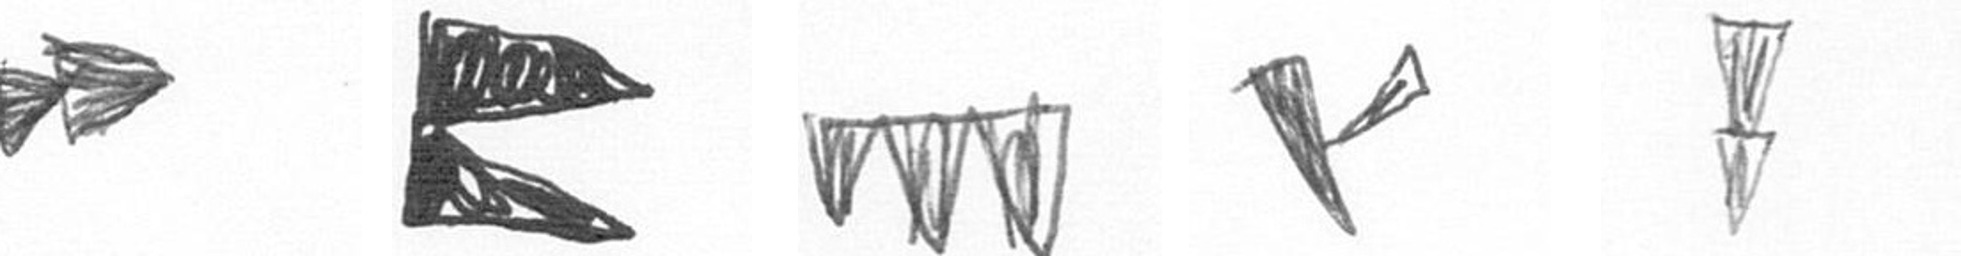
A P L F Z